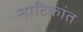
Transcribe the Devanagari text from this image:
नाटिकांत